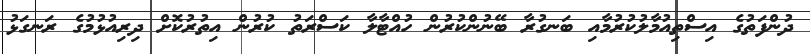
ދުންފަތުގެ އިސްތިއުމާލުކުރުމާއި ބަނގުރާ ބޭނުންކުރުން ހުއްޓާލާ ކަސްރަތު ކުރުން އިތުރުކޮށް ދިރިއުޅުމުގެ ރަނގަޅު